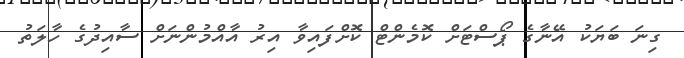
ގިނަ ބަޔަކު އޭނާގެ ޕޯސްޓަށް ކޮމެންޓް ކޮށްފައިވާ އިރު އާއްމުންނަށް ސާއިދުގެ ހާލަތު